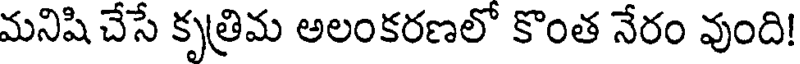
మనిషి చేసే కృత్రిమ అలంకరణలో కొంత నేరం వుంది!